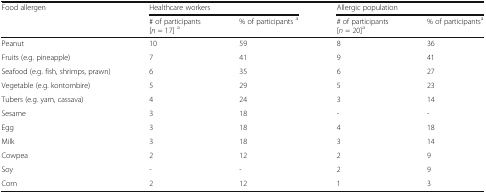
<table><thead><tr><td rowspan="2"><b>Food allergen</b></td><td colspan="2"><b>Healthcare workers</b></td><td colspan="2"><b>Allergic population</b></td></tr><tr><td><b># of participants[<i>n</i> = 17] <sup>a</sup></b></td><td><b>% of participants <sup>a</sup></b></td><td><b># of participants[<i>n</i> = 20]<sup>a</sup></b></td><td><b>% of participants<sup>a</sup></b></td></tr></thead><tbody><tr><td>Peanut</td><td>10</td><td>59</td><td>8</td><td>36</td></tr><tr><td>Fruits (e.g. pineapple)</td><td>7</td><td>41</td><td>9</td><td>41</td></tr><tr><td>Seafood (e.g. fish, shrimps, prawn)</td><td>6</td><td>35</td><td>6</td><td>27</td></tr><tr><td>Vegetable (e.g. kontombire)</td><td>5</td><td>29</td><td>5</td><td>23</td></tr><tr><td>Tubers (e.g. yam, cassava)</td><td>4</td><td>24</td><td>3</td><td>14</td></tr><tr><td>Sesame</td><td>3</td><td>18</td><td>-</td><td>-</td></tr><tr><td>Egg</td><td>3</td><td>18</td><td>4</td><td>18</td></tr><tr><td>Milk</td><td>3</td><td>18</td><td>3</td><td>14</td></tr><tr><td>Cowpea</td><td>2</td><td>12</td><td>2</td><td>9</td></tr><tr><td>Soy</td><td>-</td><td>-</td><td>2</td><td>9</td></tr><tr><td>Corn</td><td>2</td><td>12</td><td>1</td><td>3</td></tr></tbody></table>